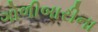
ગોળીબારીના